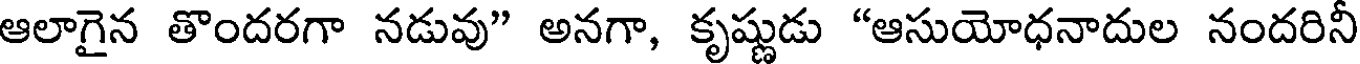
ఆలాగైన తొందరగా నడువు" అనగా, కృష్ణుడు "ఆసుయోధనాదుల నందరినీ